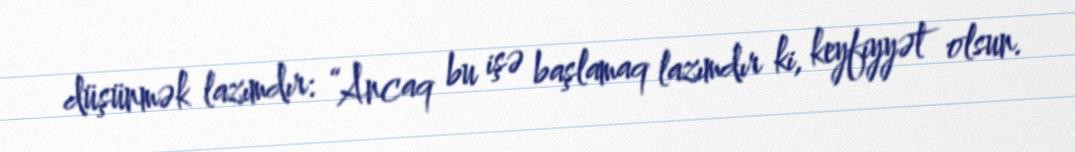
düşünmək lazımdır: “Ancaq bu işə başlamaq lazımdır ki, keyfiyyət olsun.